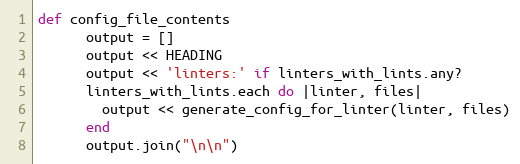
Language: Ruby
def config_file_contents
      output = []
      output << HEADING
      output << 'linters:' if linters_with_lints.any?
      linters_with_lints.each do |linter, files|
        output << generate_config_for_linter(linter, files)
      end
      output.join("\n\n")